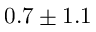
0 . 7 \pm 1 . 1